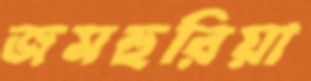
জমহুরিয়া